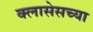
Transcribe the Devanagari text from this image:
क्लासेसच्या